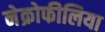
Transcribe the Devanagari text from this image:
नेक्रोफीलिया